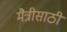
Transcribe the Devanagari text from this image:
मैत्रीसाठी